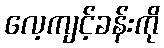
လေ့ကျင့်ခန်းကို